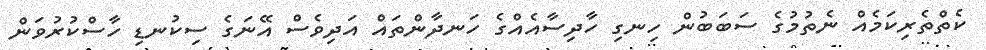
ކެތްތެރިކަމެއް ނެތުމުގެ ސަބަބުން ހިނގި ހާދިސާއެއްގެ ހަނދާންތައް އަދިވެސް އޭނަގެ ސިކުނޑި ހާސްކުރުވަން